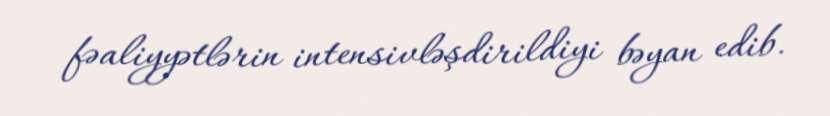
fəaliyyətlərin intensivləşdirildiyi bəyan edib.